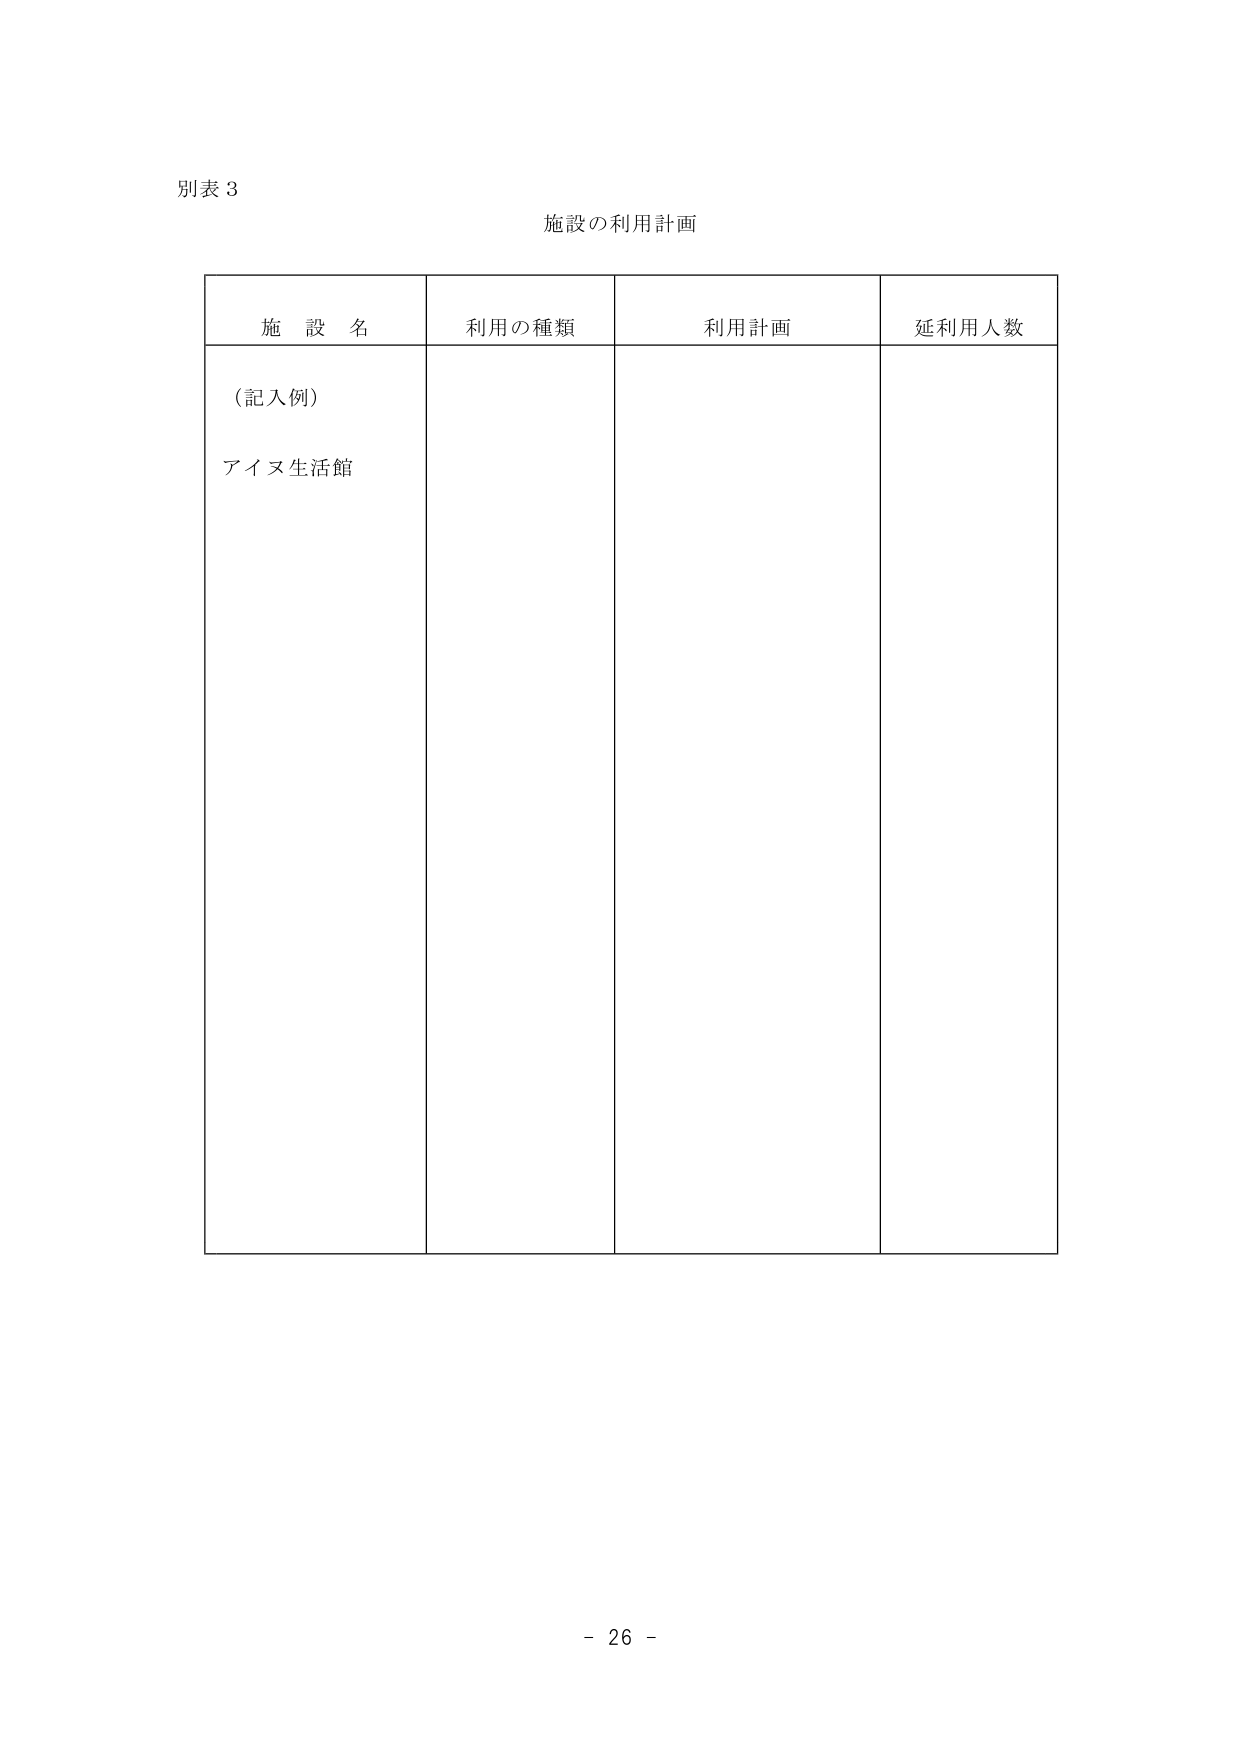
別表 3
施設の利用計画

施設名　　利用の種類　　利用計画　　延利用人数

（記入例）
アイヌ生活館

- 26 -